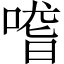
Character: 𠺳